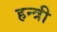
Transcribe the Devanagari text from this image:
हन्त्री